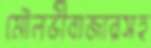
মৌলভীবাজারসহ